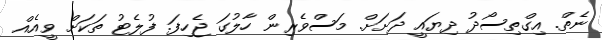
ނެތް. އިގްތިސޯދު ދިޔައީ ދަށަށް. މަސްވެރިން ހާލުގަ ޖެހިފަ. ފުލެޓު ތަކަށް ވީއެއް